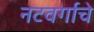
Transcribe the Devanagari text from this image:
नटवर्गाचे